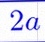
2a